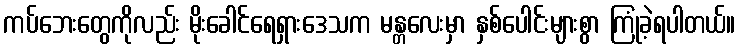
ကပ်ဘေးတွေကိုလည်း မိုးခေါင်ရေရှားဒေသက မန္တလေးမှာ နှစ်ပေါင်းများစွာ ကြုံခဲ့ရပါတယ်။